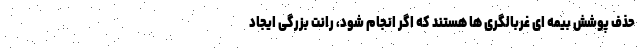
حذف پوشش بیمه ای غربالگری ها هستند که اگر انجام شود، رانت بزرگی ایجاد